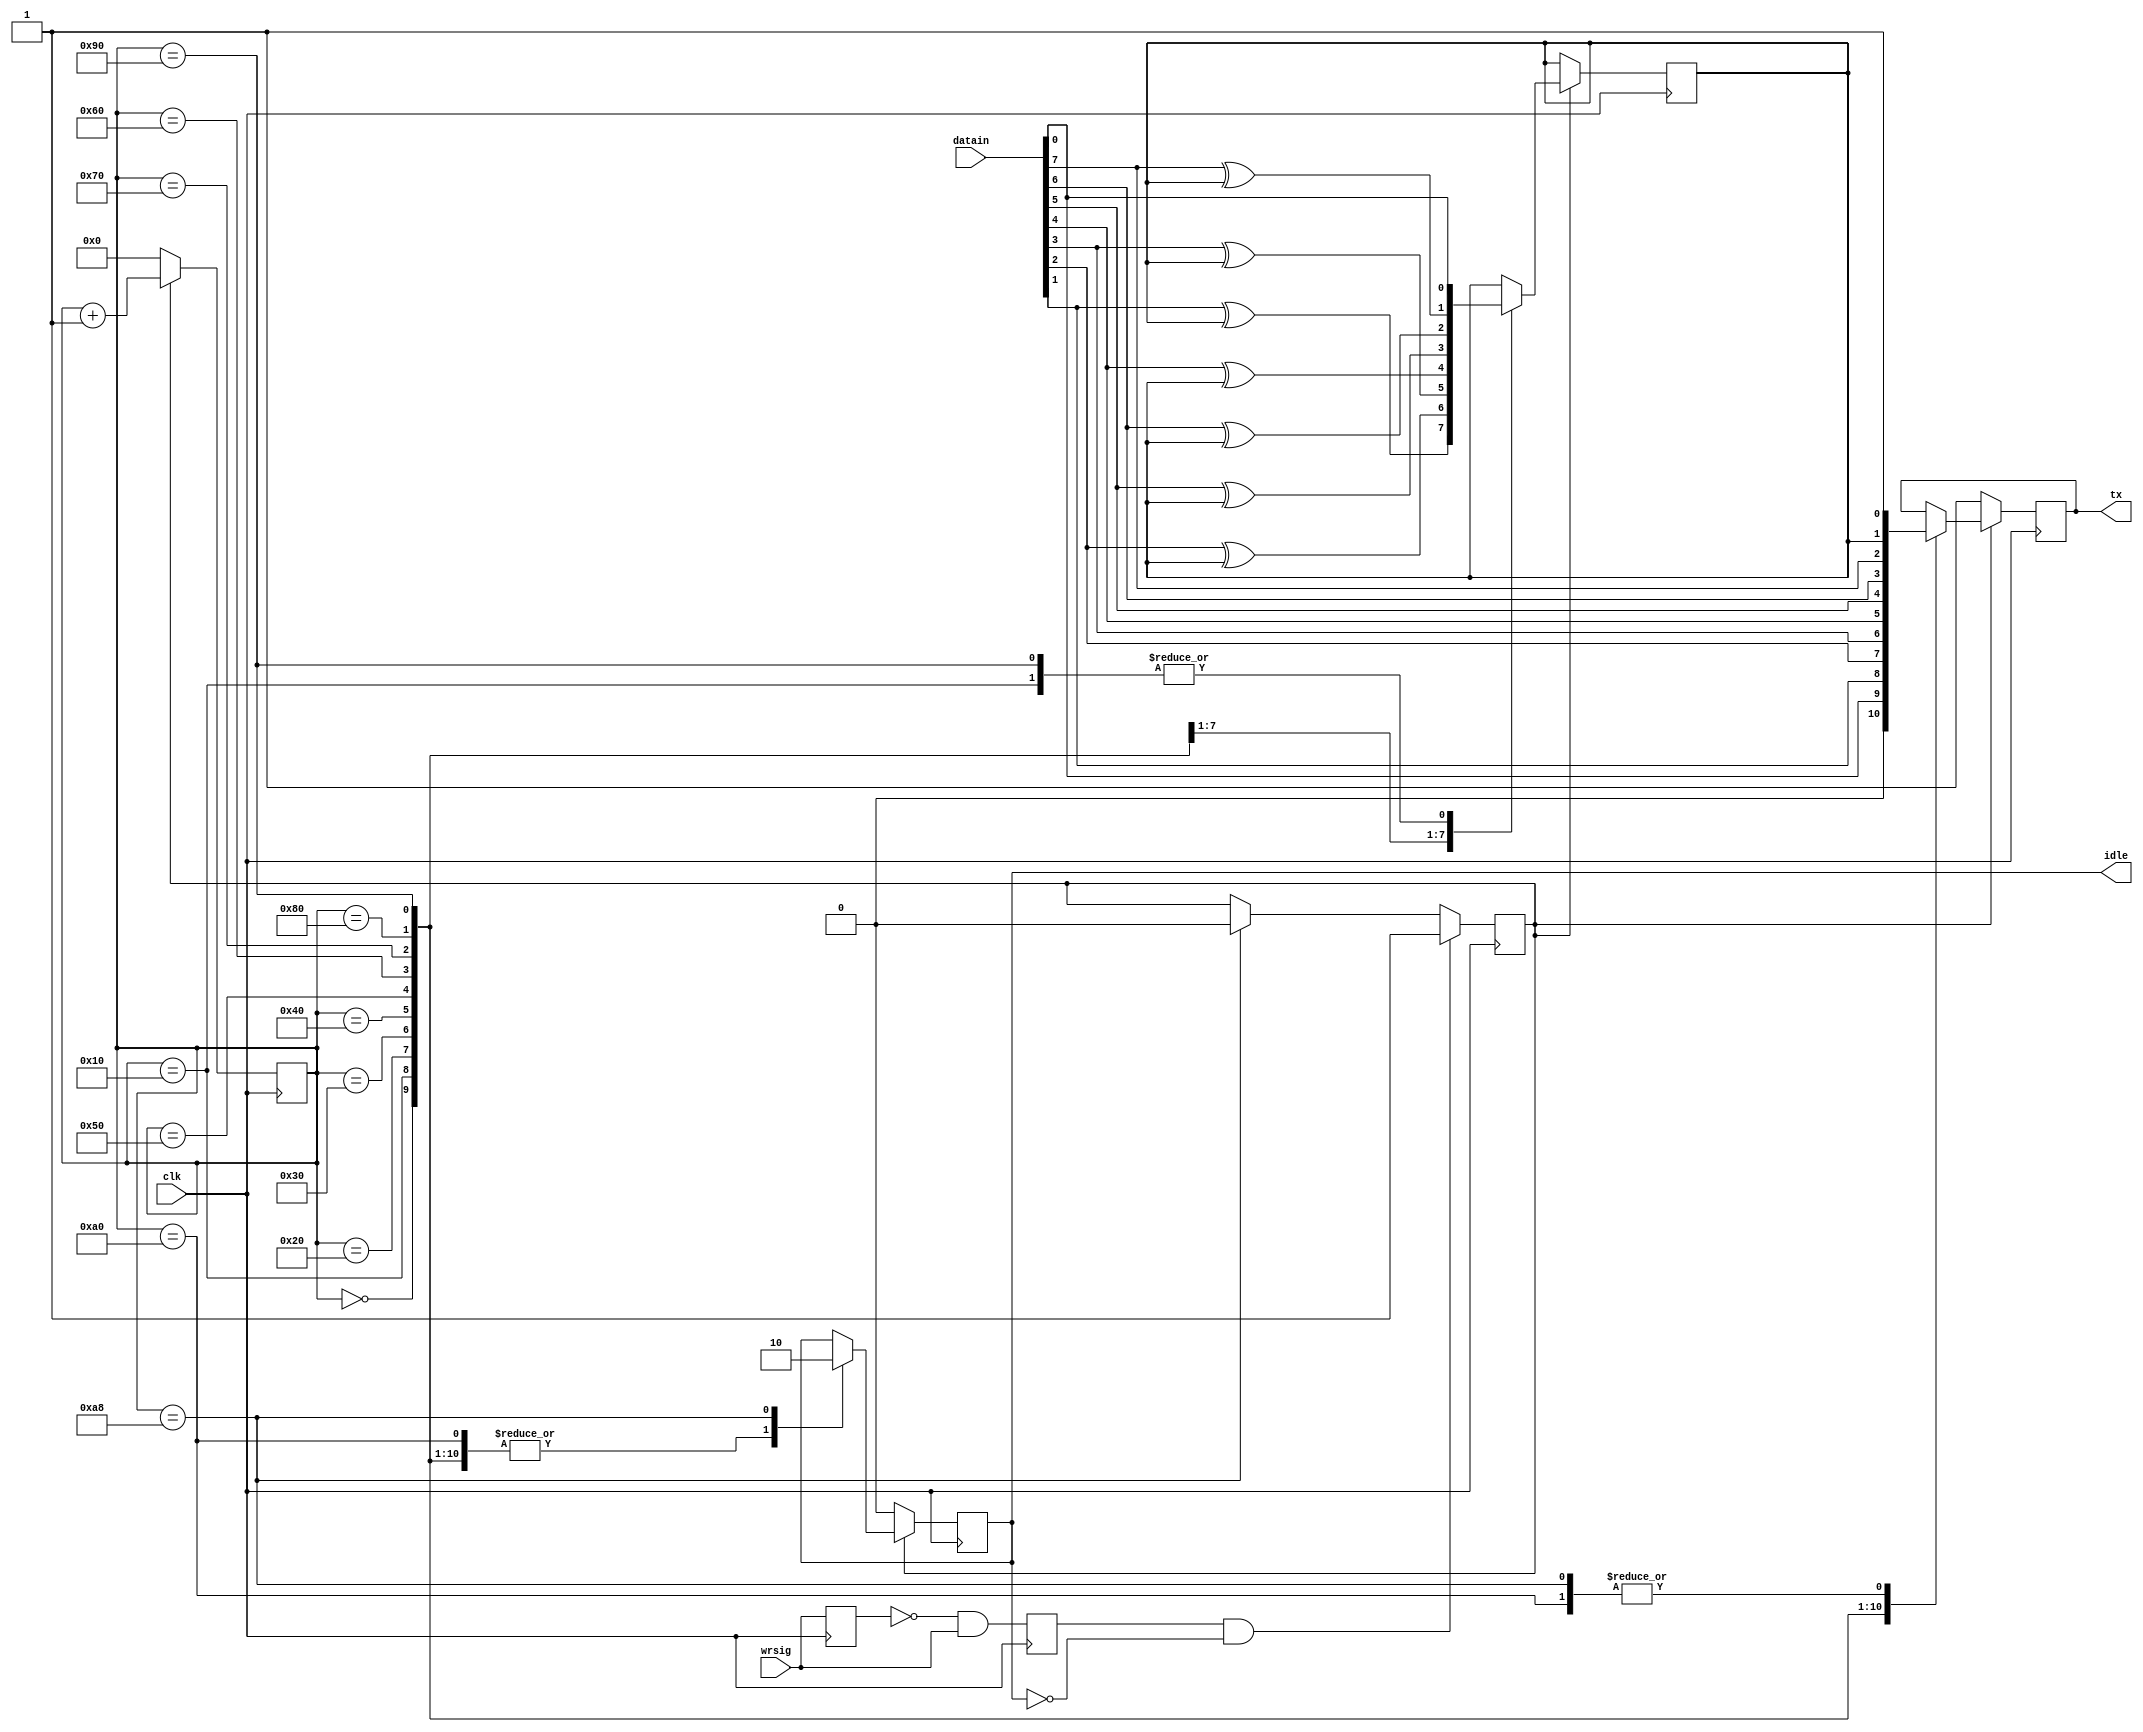
`timescale 1ns / 1ps
//////////////////////////////////////////////////////////////////////////////////
// Module Name:    uarttx //
//////////////////////////////////////////////////////////////////////////////////
module uarttx(clk, datain, wrsig, idle, tx);
input clk;                //UART
input [7:0] datain;       //
input wrsig;              //
output idle;              //
output tx;                //
reg idle, tx;
reg send;
reg wrsigbuf, wrsigrise;
reg presult;
reg[7:0] cnt;             //
parameter paritymode = 1'b0;

//
always @(posedge clk)
begin
   wrsigbuf <= wrsig;
   wrsigrise <= (~wrsigbuf) & wrsig;
end

always @(posedge clk)
begin
  if (wrsigrise &&  (~idle))  //
  begin
     send <= 1'b1;
  end
  else if(cnt == 8'd168)      //
  begin
     send <= 1'b0;
  end
end

always @(posedge clk)
begin
  if(send == 1'b1)  begin
    case(cnt)                 //
    8'd0: begin
         tx <= 1'b0;
         idle <= 1'b1;
         cnt <= cnt + 8'd1;
    end
    8'd16: begin
         tx <= datain[0];    //0
         presult <= datain[0]^paritymode;
         idle <= 1'b1;
         cnt <= cnt + 8'd1;
    end
    8'd32: begin
         tx <= datain[1];    //1
         presult <= datain[1]^presult;
         idle <= 1'b1;
         cnt <= cnt + 8'd1;
    end
    8'd48: begin
         tx <= datain[2];    //2
         presult <= datain[2]^presult;
         idle <= 1'b1;
         cnt <= cnt + 8'd1;
    end
    8'd64: begin
         tx <= datain[3];    //3
         presult <= datain[3]^presult;
         idle <= 1'b1;
         cnt <= cnt + 8'd1;
    end
    8'd80: begin 
         tx <= datain[4];    //4
         presult <= datain[4]^presult;
         idle <= 1'b1;
         cnt <= cnt + 8'd1;
    end
    8'd96: begin
         tx <= datain[5];    //5
         presult <= datain[5]^presult;
         idle <= 1'b1;
         cnt <= cnt + 8'd1;
    end
    8'd112: begin
         tx <= datain[6];    //6
         presult <= datain[6]^presult;
         idle <= 1'b1;
         cnt <= cnt + 8'd1;
    end
    8'd128: begin 
         tx <= datain[7];    //7
         presult <= datain[7]^presult;
         idle <= 1'b1;
         cnt <= cnt + 8'd1;
    end
    8'd144: begin
         tx <= presult;      //
         presult <= datain[0]^paritymode;
         idle <= 1'b1;
         cnt <= cnt + 8'd1;
    end
    8'd160: begin
         tx <= 1'b1;         //             
         idle <= 1'b1;
         cnt <= cnt + 8'd1;
    end
    8'd168: begin
         tx <= 1'b1;             
         idle <= 1'b0;       //
         cnt <= cnt + 8'd1;
    end
    default: begin
          cnt <= cnt + 8'd1;
    end
   endcase
  end
  else  begin
    tx <= 1'b1;
    cnt <= 8'd0;
    idle <= 1'b0;
  end
end
endmodule